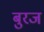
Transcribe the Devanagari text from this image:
बुरज